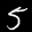
Digit: 5